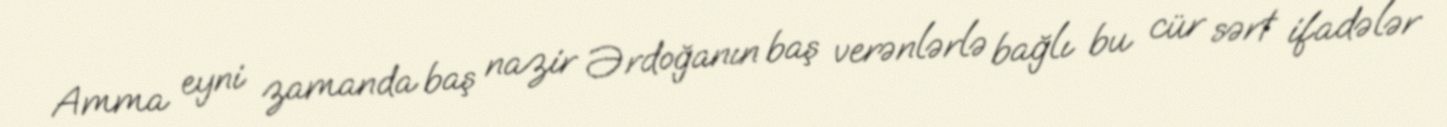
Amma eyni zamanda baş nazir Ərdoğanın baş verənlərlə bağlı bu cür sərt ifadələr